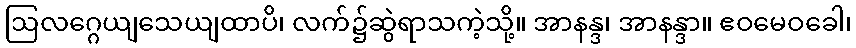
ဩလဂ္ဂေယျသေယျထာပိ၊ လက်၌ဆွဲရာသကဲ့သို့။ အာနန္ဒ၊ အာနန္ဒာ။ ဧဝမေဝခေါ၊